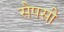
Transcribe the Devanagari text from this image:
सैपसी